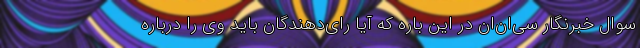
سوال خبرنگار سی‌ان‌ان در این باره که آیا رای‌دهندگان باید وی را درباره